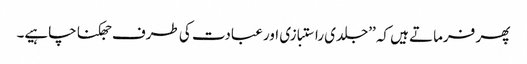
پھر فرماتے ہیں کہ ’’جلدی راستبازی اور عبادت کی طرف جھکنا چاہیے۔